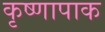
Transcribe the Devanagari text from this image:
कृष्णापाक